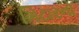
ગિટારનો